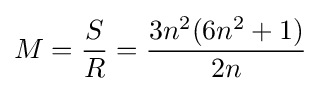
M={\frac {S}{R}}={\frac {3n^{2}(6n^{2}+1)}{2n}}